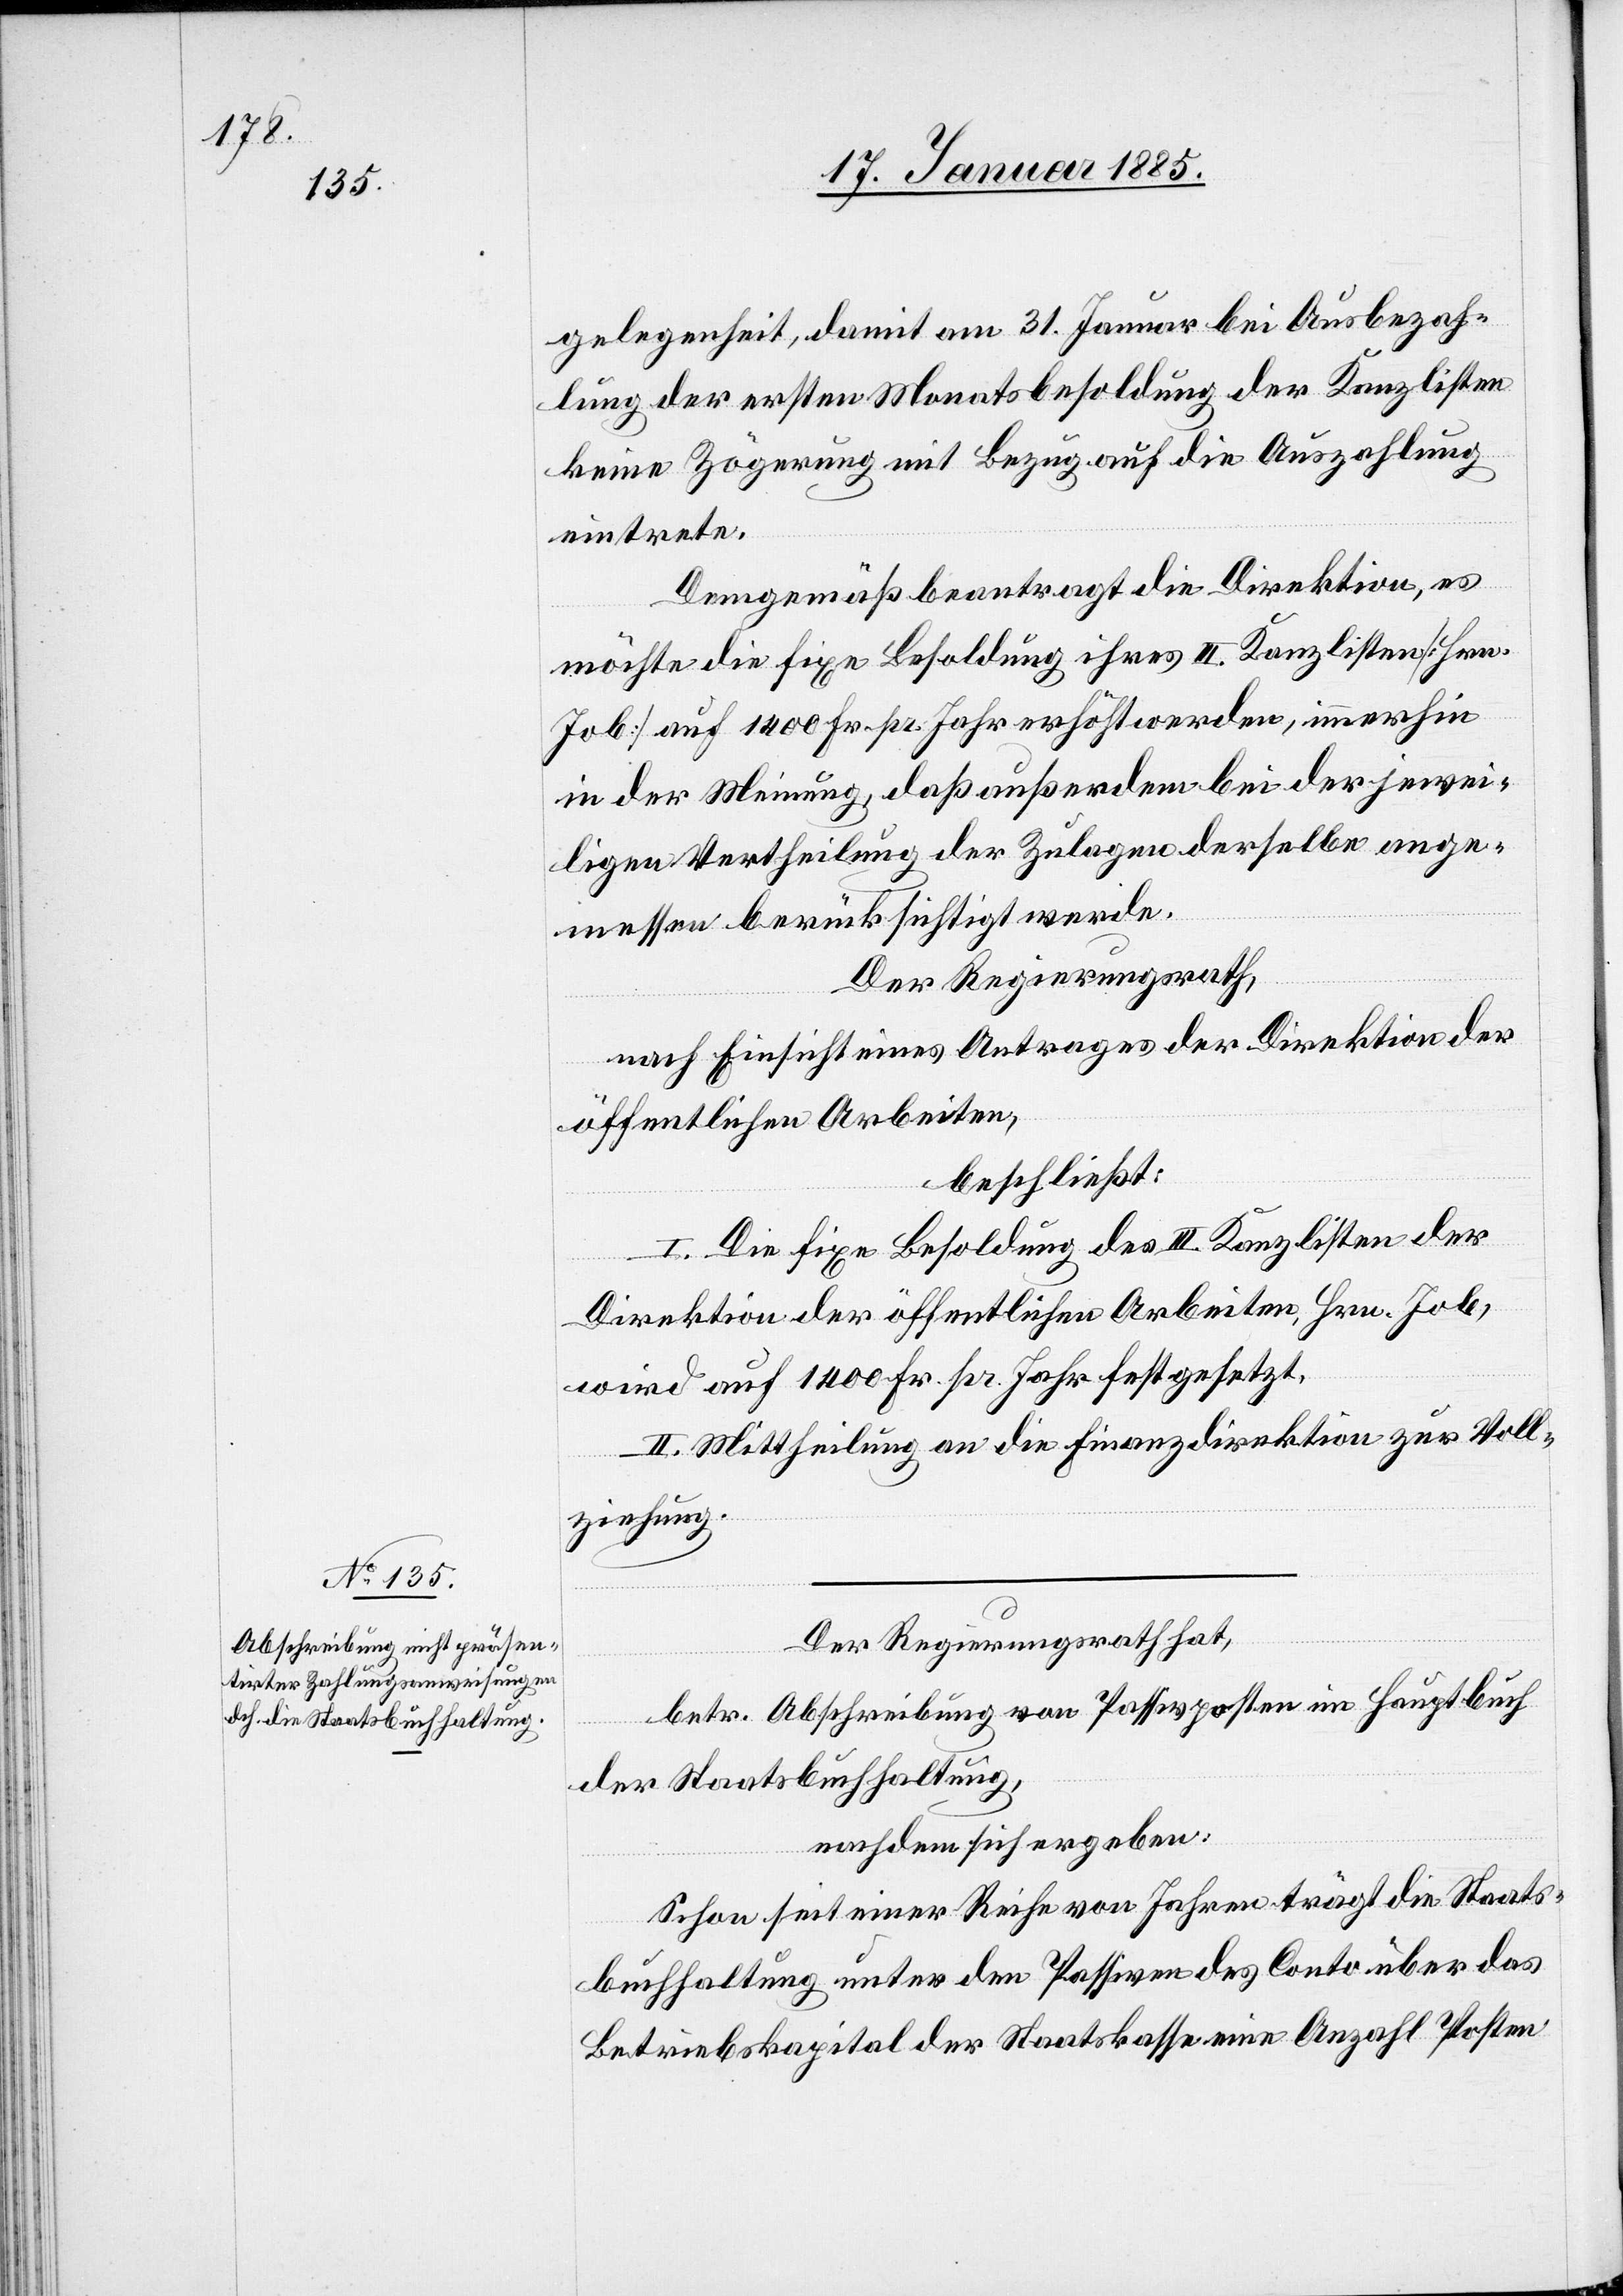
gelegenheit, damit am 31 Januar bei Ausbezah¬
lung der ersten Monatsbesoldung der Kanzlisten
keine Zögerung mit Bezug auf die Auszahlung
eintrete.
Demgemäß beantragt die Direktion, es
möchte die fixe Besoldung ihres III. Kanzlisten [Hrn.
Job] auf 1400 Fr. pr. Jahr erhöht werden, immerhin
in der Meinung, daß außerdem bei der jewei¬
ligen Vertheilung der Zulagen derselben ange¬
messen berücksichtigt werde.
Der Regierungsrath,
nach Einsicht eines Antrages der Direktion der
öffentlichen Arbeiten,
beschließt:
I. Die fixe Besoldung des III. Kanzlisten der
Direktion der öffentlichen Arbeiten, Hrn. Job,
wird auf 1400 Fr. pr. Jahr festgesetzt.
II. Mittheilung an die Finanzdirektion zur Voll¬
ziehung.
Der Regierungsrath hat,
betr. Abschreibung von Passivposten im Hauptbuch
der Staatsbuchhaltung,
nachdem sich ergeben:
Schon seit einer Reihe von Jahren trägt die Staats¬
buchhaltung unter den Passiven des Conto über das
Betriebskapital der Staatskasse eine Anzahl Posten